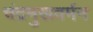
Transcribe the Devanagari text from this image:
चंद्रमुखवर्मन